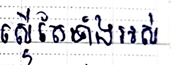
ស្ទើតែទាំងអស់